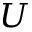
U